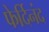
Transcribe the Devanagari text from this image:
फेर्दिनंद